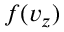
f ( v _ { z } )